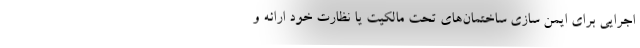
اجرایی برای ایمن سازی ساختمان‌های تحت مالکیت یا نظارت خود ارائه و